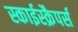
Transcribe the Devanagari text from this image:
स्काईस्क्रैपर्स